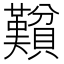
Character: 𬥮